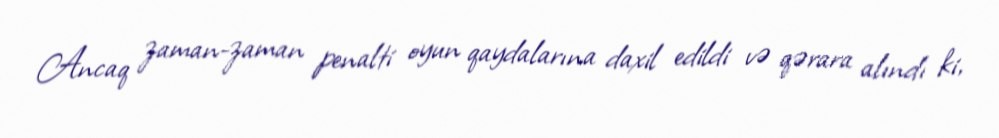
Ancaq zaman-zaman penalti oyun qaydalarına daxil edildi və qərara alındı ki,